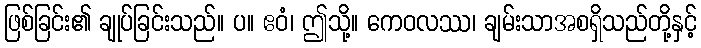
ဖြစ်ခြင်း၏ ချုပ်ခြင်းသည်။ ပ။ ဧဝံ၊ ဤသို့။ ကေဝလဿ၊ ချမ်းသာအစရှိသည်တို့နှင့်